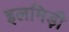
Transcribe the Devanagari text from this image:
इलमिड़ी